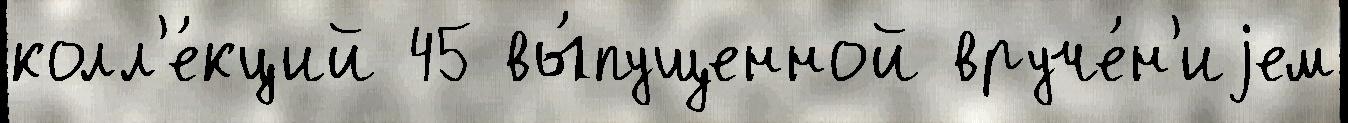
колл'е́кций 45 вы́пущенной вруче́н'иjем